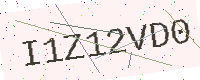
Text: I1Z12VD0